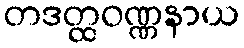
တဒတ္ထဝဏ္ဏနာယ